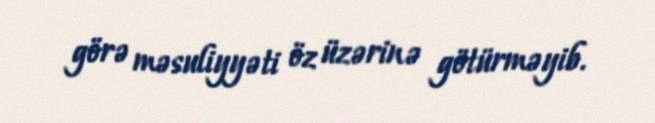
görə məsuliyyəti öz üzərinə götürməyib.